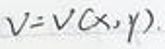
$v = v ( x, y )$